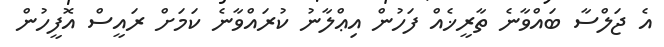
އެ ޖަލްސާ ބައްވާނެ ތާރީޚެއް ފަހުން އިޢްލާނު ކުރައްވާނެ ކަމަށް ރައީސް އޮފީހުން